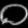
Digit: ၀